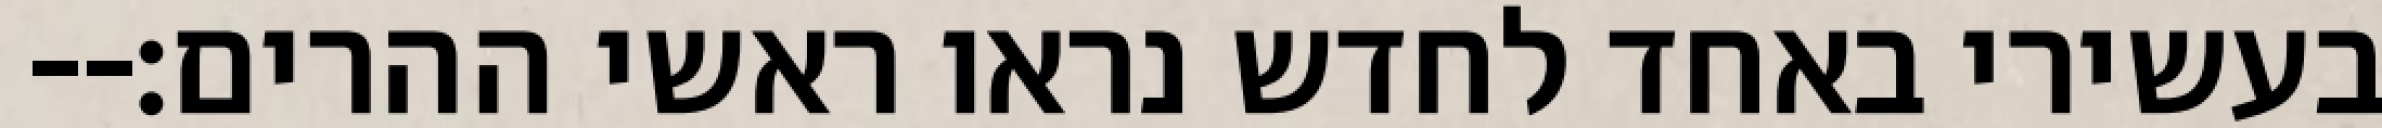
בעשירי באחד לחדש נראו ראשי ההרים׃--